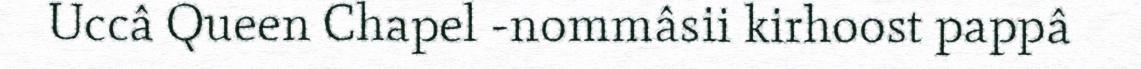
Uccâ Queen Chapel -nommâsii kirhoost pappâ